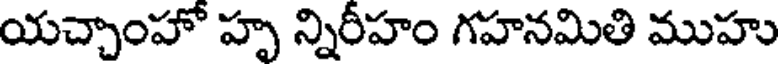
యచ్చాంహో హృ న్నిరీహం గహనమితి ముహు